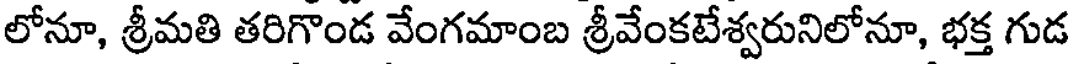
లోనూ, శ్రీమతి తరిగొండ వేంగమాంబ శ్రీవేంకటేశ్వరునిలోనూ, భక్త గుడ